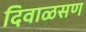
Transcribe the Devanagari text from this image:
दिवाळसण